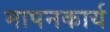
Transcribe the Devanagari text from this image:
मापनकार्य